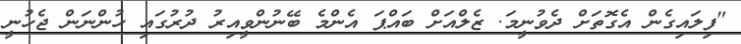
"ފިލައިގެން އެގޮތަށް ދެވުނީމަ. ޒެލްއަށް ބައްޕަ އެންމެ ބޭނުންވީއިރު ދުރުގައި ހުންނަން ޖެހުނީ